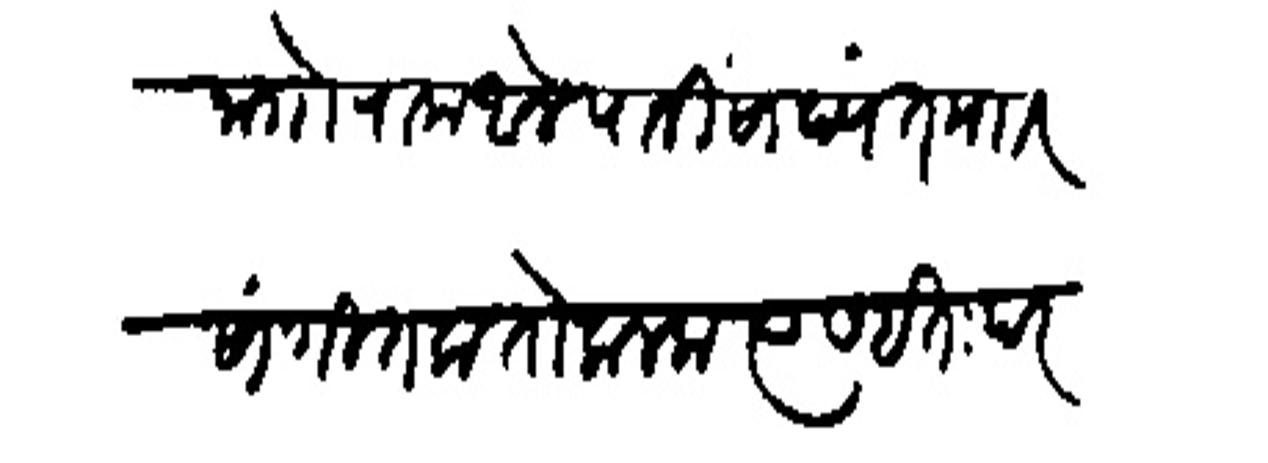
Transliteration (Devanagari): नारोराम आले यानी साशंत माार सांगितला तो कलला त्यास इतःपर